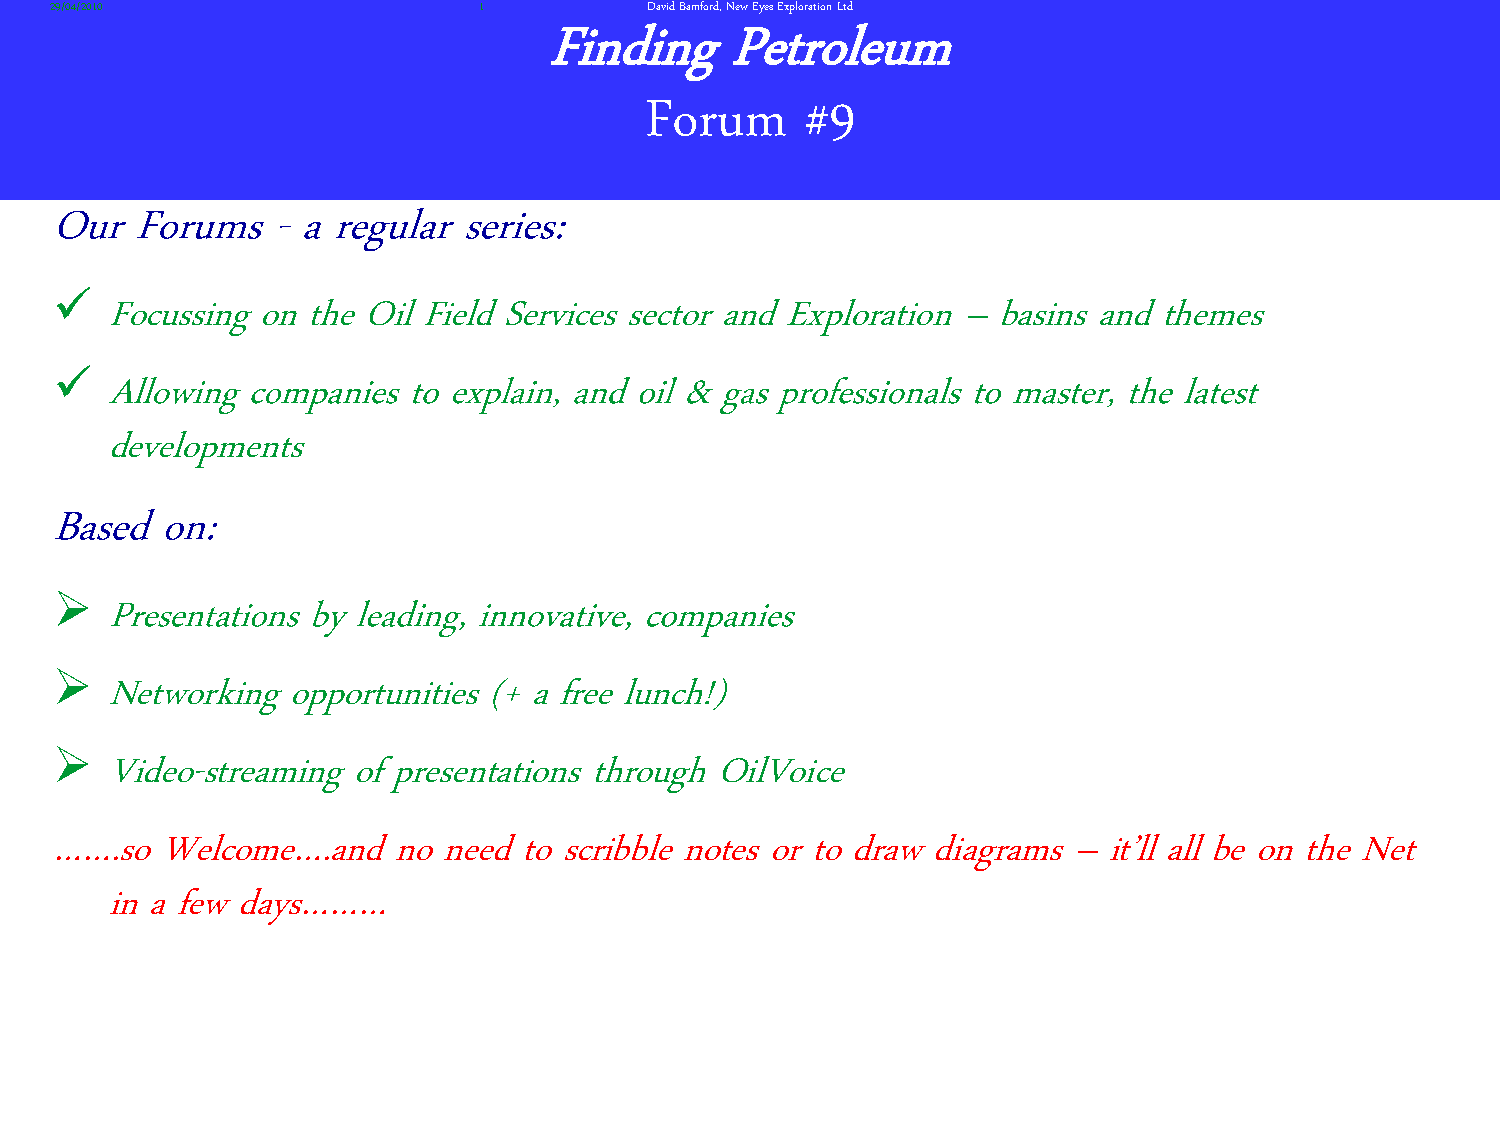
29/04/2010                   1          David Bamford, New Eyes Exploration Ltd
 Finding     Petroleum
 Forum     #9
 Our  Forums   -a  regular  series:
 
 Focussing on the Oil Field Services sector and Exploration –basins and themes
 
 Allowing companies to explain, and oil & gas professionals to master, the latest
 developments
 Based  on:
 
 Presentations by leading, innovative, companies
 
 Networking opportunities (+ a free lunch!)
 
 Video-streaming of presentations through OilVoice
 …….so  Welcome….and   no  need to scribble notes or to draw diagrams –it’ll all be on the Net
 in a few days………